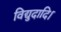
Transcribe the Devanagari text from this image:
विद्युदादि।